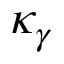
\kappa _ { \gamma }